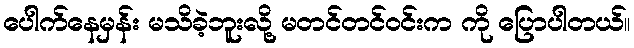
ပေါက်နေမှန်း မသိခဲ့ဘူးလို့ မတင်တင်ဝင်းက ကို ပြောပါတယ်။